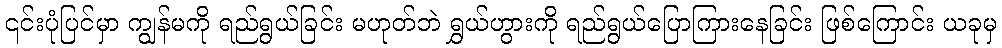
၎င်းပုံပြင်မှာ ကျွန်မကို ရည်ရွယ်ခြင်း မဟုတ်ဘဲ ရွှယ်ဟွားကို ရည်ရွယ်ပြောကြားနေခြင်း ဖြစ်ကြောင်း ယခုမှ